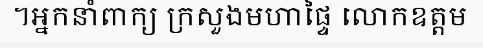
។អ្នកនាំពាក្យ ក្រសួងមហាផ្ទៃ លោកឧត្តម